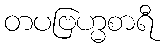
တပဗြဟ္မစာရီ